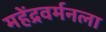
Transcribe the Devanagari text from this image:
महेंद्रवर्मनला